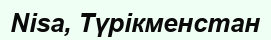
Nisa, Түрікменстан